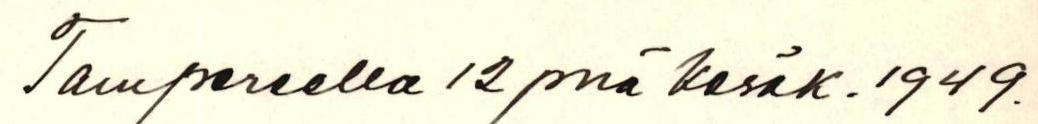
Tampereella 12pnä kesäk. 1949.